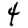
Digit: 4